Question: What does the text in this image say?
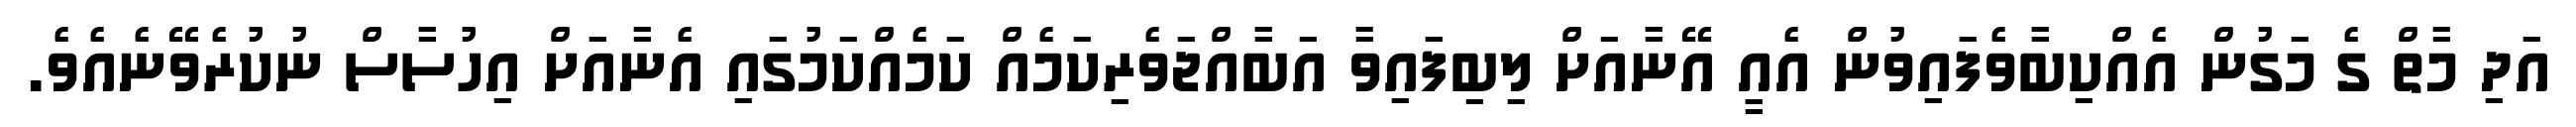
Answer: އަދި މާތް ގެ މަގުން އެއްކިބާވެފައިވުން އެއީ އޭނާއަށް ލިބިފައިވާ އަބާއްޖަވެރިކަމެއް ކަމެއްކަމުގައި އެނާއަށް އިހުސާސް ނުކުރެވޭނެއެވެ.